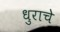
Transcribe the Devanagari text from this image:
धुराचे